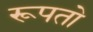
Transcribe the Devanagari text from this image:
रूपतो